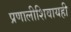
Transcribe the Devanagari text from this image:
प्रणालीशिवायही